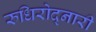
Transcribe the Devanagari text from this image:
रुधिरोद्नारी